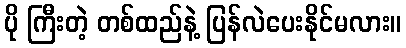
ပို ကြီးတဲ့ တစ်ထည်နဲ့ ပြန်လဲပေးနိုင်မလား။